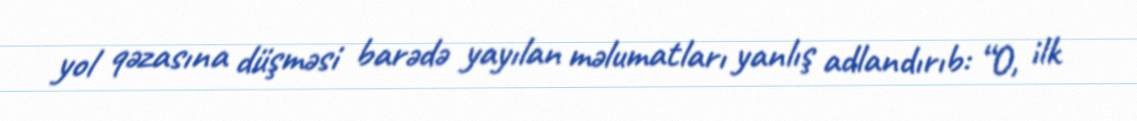
yol qəzasına düşməsi barədə yayılan məlumatları yanlış adlandırıb: “O, ilk